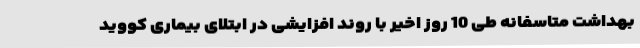
بهداشت متاسفانه طی 10 روز اخیر با روند افزایشی در ابتلای بیماری کووید